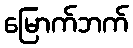
မြောက်ဘက်